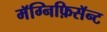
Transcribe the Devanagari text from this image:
मॅग्निफ़िसॅन्ट